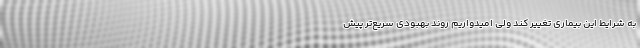
به شرایط این بیماری تغییر کند ولی امیدواریم روند بهبودی سریع‌تر پیش